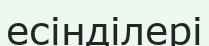
есінділері